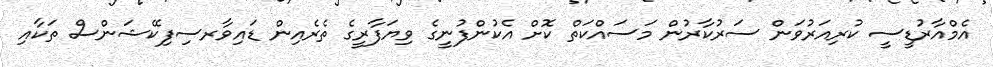
އެމްއާރުޑީސީ ކުރިއަރުވަން ސަރުކާރުން މަސައްކަތް ކޮށް އެކުންފުނީގެ ވިޔަފާރީގެ ތެރެއިން ޑައިވާރސިފިކޭޝަންސް ތަކާއި